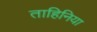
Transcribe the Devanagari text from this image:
ताहिनिया